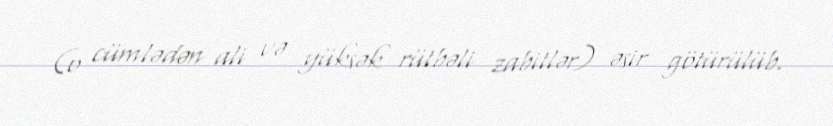
(o cümlədən ali və yüksək rütbəli zabitlər) əsir götürülüb.